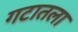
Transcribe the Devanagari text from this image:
गटातला